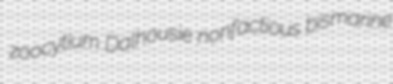
zoocytium Dalhousie nonfactious bismarine